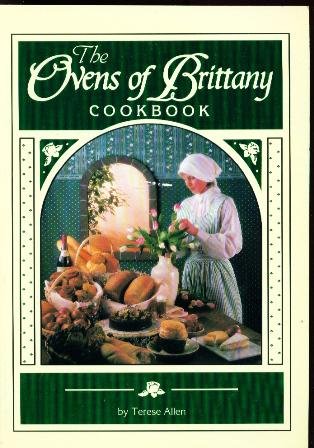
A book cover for Ovens of Brittany Cookbook; Therese Allen; Cookbooks, Food & Wine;